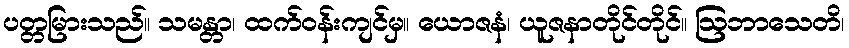
ပတ္တမြားသည်။ သမန္တာ၊ ထက်ဝန်းကျင်မှ။ ယောဇနံ၊ ယူဇနာတိုင်တိုင်။ ဩဘာသေတိ၊